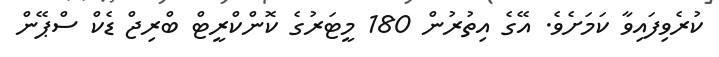
ކުރެވިފައިވާ ކަމަށެވެ. އޭގެ އިތުރުން 180 މީޓަރުގެ ކޮންކްރީޓް ބްރިޖް ޑެކް ސްޕޭން